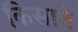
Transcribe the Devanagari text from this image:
किसाने